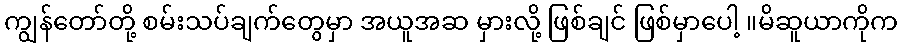
ကျွန်တော်တို့ စမ်းသပ်ချက်တွေမှာ အယူအဆ မှားလို့ ဖြစ်ချင် ဖြစ်မှာပေါ့ ။မိဆူယာကိုက